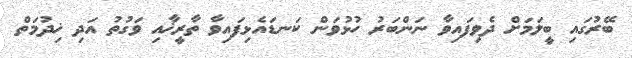
ބޭރުގައި ބީލަމަށް ދެވިފައިވާ ނަންބަރު ހުޅުވަން ކަނޑައެޅިފައިވާ ތާރީޚާއި ވަގުތު އަދި ޚިދުމަތް